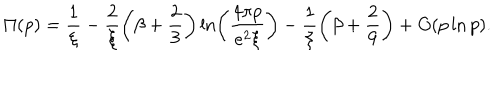
\Pi ( p ) = \frac { 1 } { \xi } - \frac { 2 } { \xi } \left( \beta + \frac { 2 } { 3 } \right) \ln \left( \frac { 4 \pi p } { e ^ { 2 } \xi } \right) - \frac { 1 } { \xi } \left( \beta + \frac { 2 } { 9 } \right) + O ( p \ln p ) .